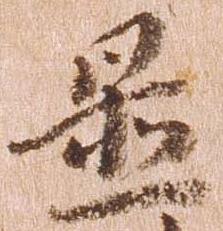
置